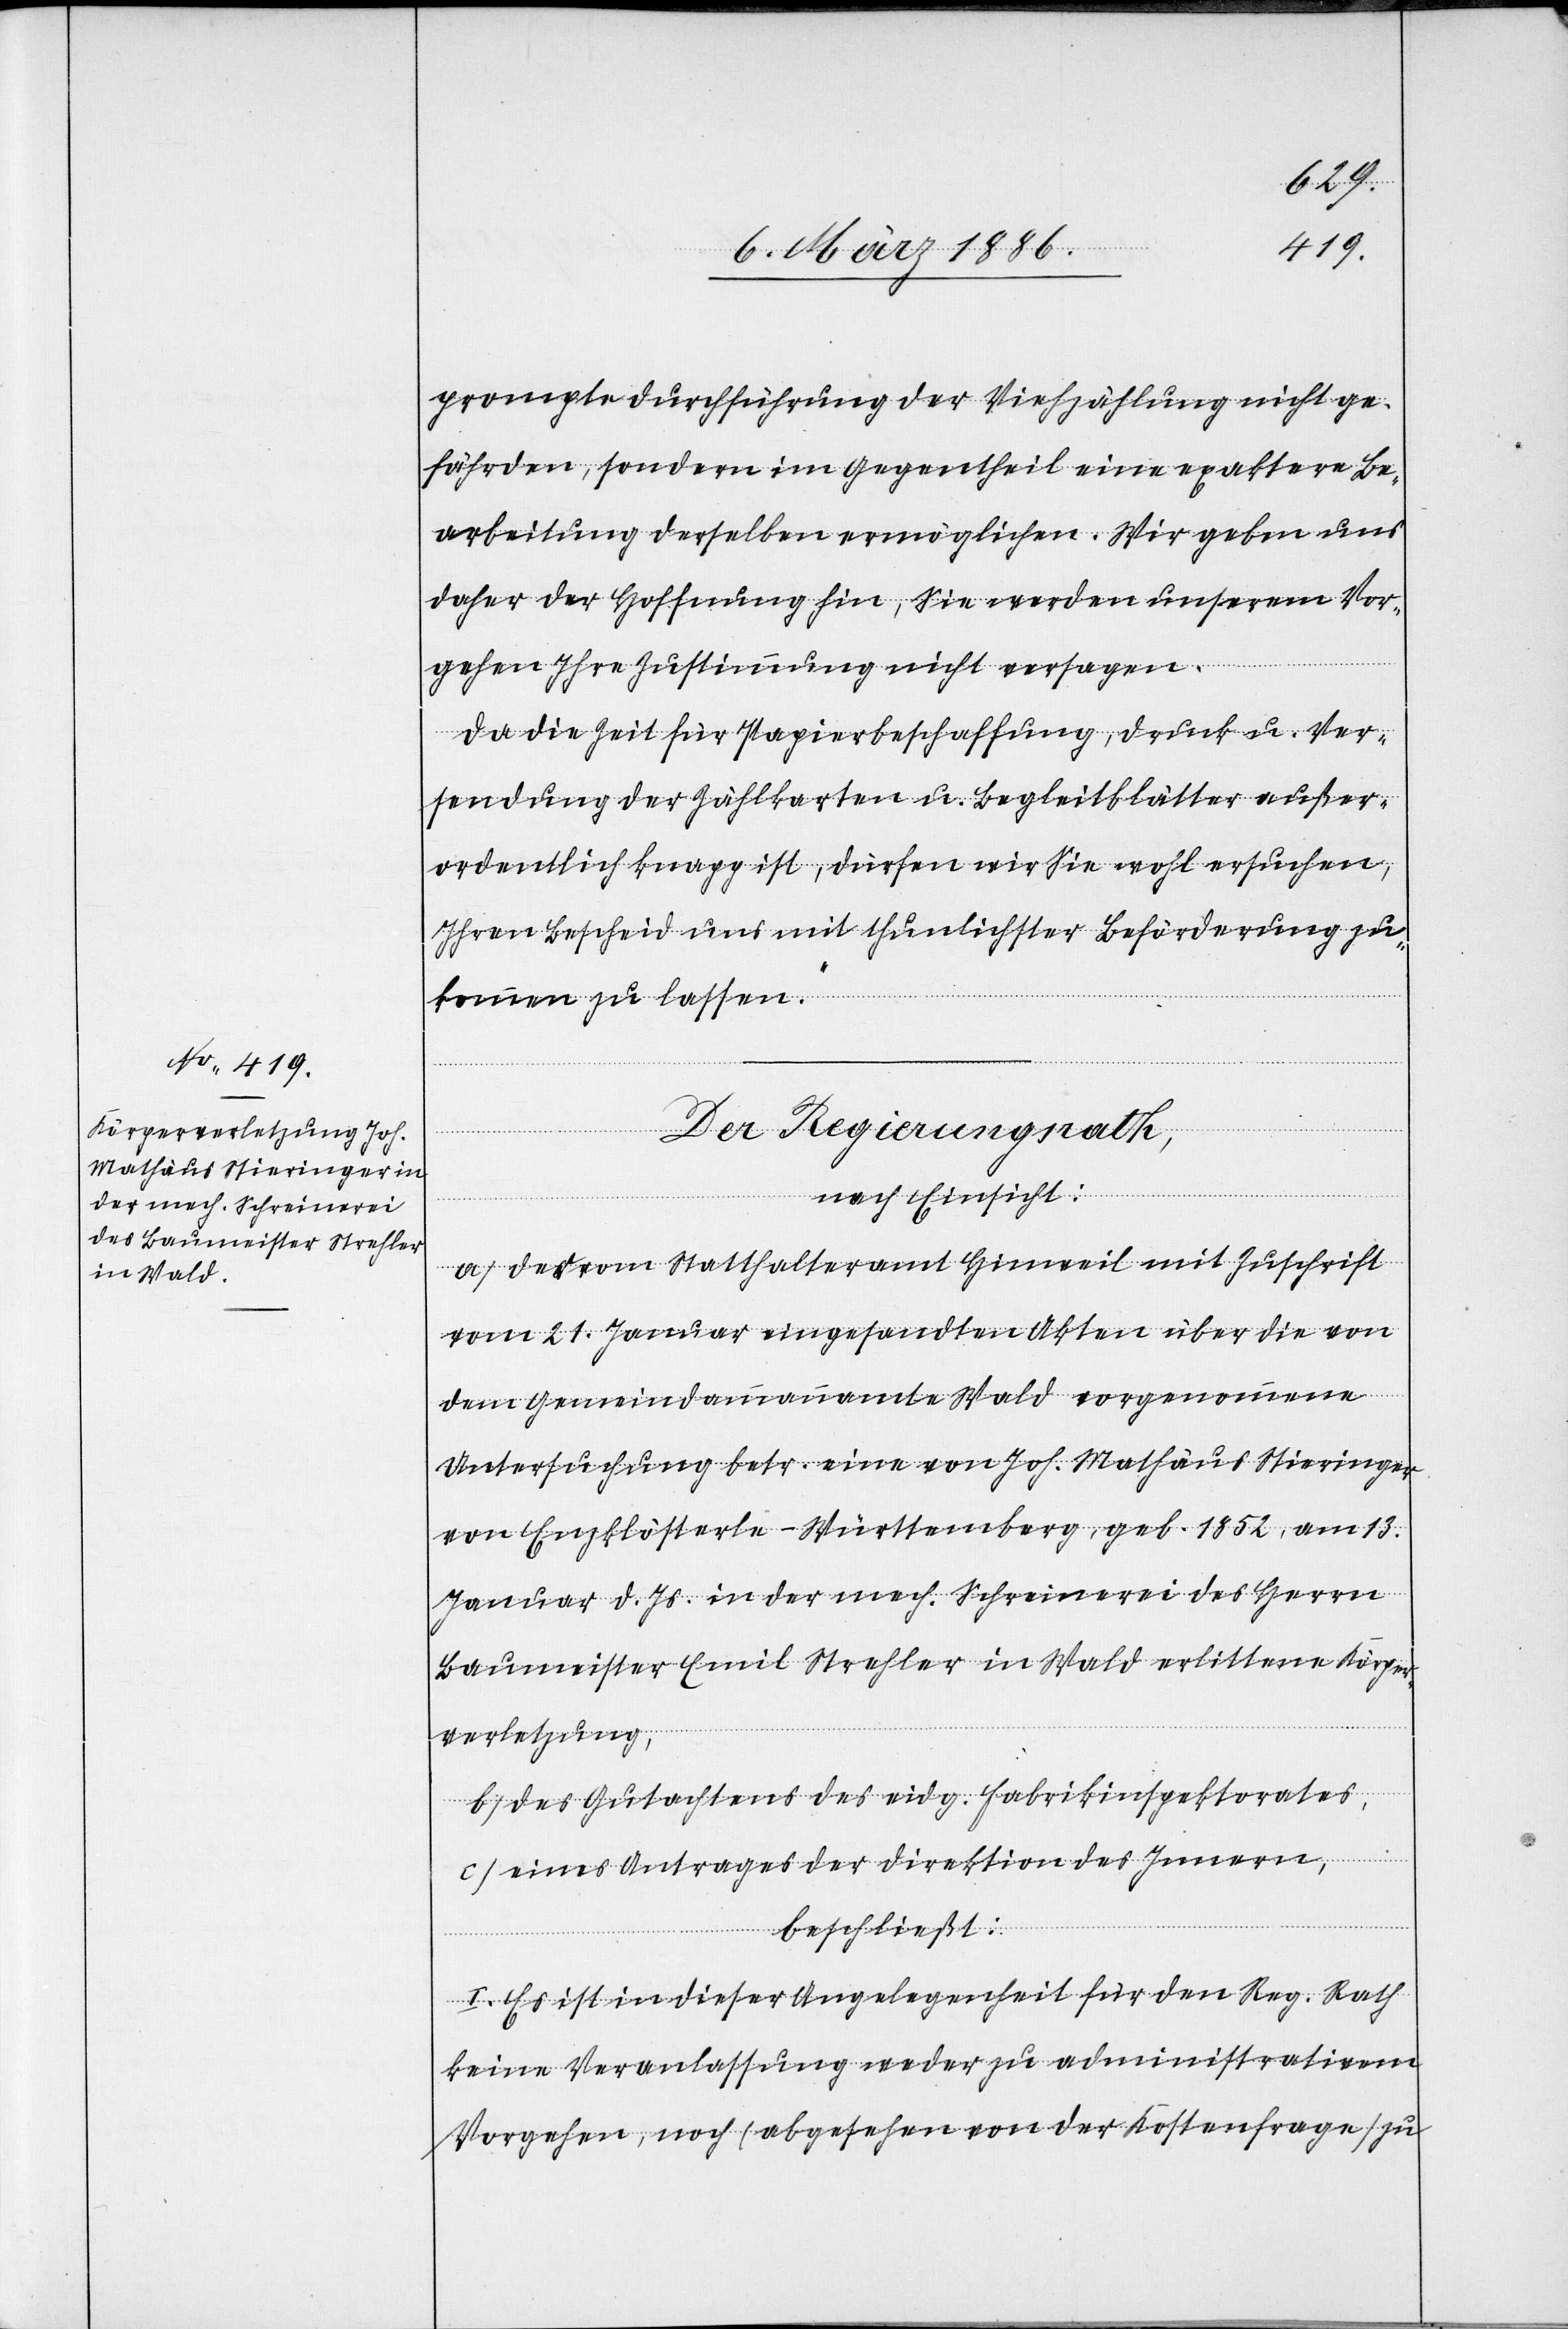
prompte Durchführung der Viehzählung nicht ge¬
fährden, sondern im Gegentheil eine exaktere Be¬
arbeitung derselben ermöglichen. Wir geben uns
daher der Hoffnung hin, Sie werden unserem Vor¬
gehen Ihre Zustimmung nicht versagen.
Da die Zeit für Papierbeschaffung, Druck u. Ver¬
sendung der Zählkarten u. Begleitblätter außer¬
ordentlich knapp ist, dürfen wir Sie wohl ersuchen,
Ihren Bescheid uns mit thunlichster Beförderung zu¬
kommen zu lassen.“
Der Regierungsrath,
nach Einsicht:
a) Der vom Statthalteramt Hinweil mit Zuschrift
vom 21. Januar eingesandten Akten über die von
dem Gemeindeammannamte Wald vorgenommene
Untersuchung betr. einer von Joh. Mathäus Stieringer
von Enzklösterle - Württemberg, geb. 1852, am 13.
Januar d. Js. in der mech. Schreinerei des Herrn
Baumeister Emil Strehler in Wald erlittenen Körper¬
verletzung,
b) Des Gutachtens des eidg. Fabrikinspektorates,
c) Eines Antrages der Direktion des Innern
beschließt:
I. Es ist in dieser Angelegenheit für den Reg. Rath
keine Veranlassung weder zu administrativen
Vorgehen, noch (abgesehen von der Kostenfrage) zu